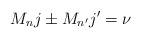
LaTeX: \begin{align*} M_nj\pm M_{n'}j'=\nu\end{align*}